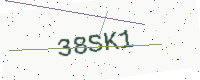
Text: 38SK1